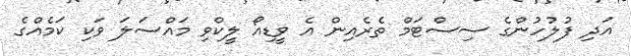
އަދި ފުލުހުންގެ ސިސްޓަމް ތެރެއިން އެ ވީޑިއޯ ލީކްވި މައްސަލަ ވަކި ކަމެއްގެ